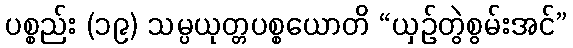
ပစ္စည်း (၁၉) သမ္ပယုတ္တပစ္စယောတိ “ယှဉ်တွဲစွမ်းအင်”